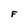
Character: F